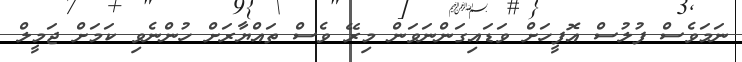
ނަމަވެސް ފުލުސް އޮފީހަށް ވަޑައިގަންނަވަން މިރޭ ވެސް ތައްޔާރަށް ހުންނެވި ކަމަށް ޖަމީލް